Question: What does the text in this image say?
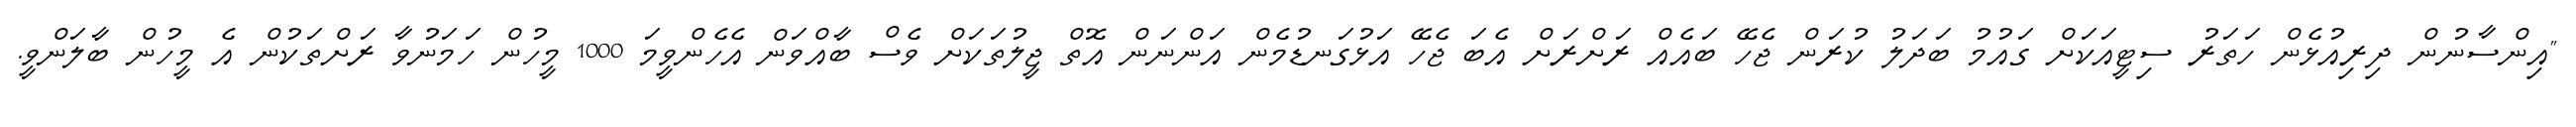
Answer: "އިންސާނުން ދިރިއުޅެން ހަތަރު ސިޓީއަކަށް ގައުމު ބަދަލު ކުރަން ޖެހޭ ބައެއް ރަށްރަށް އެބަ ޖެހޭ އަޅުގަނޑުމެން އަންނަން އޮތް ޖީލުތަކަށް ވެސް ބާއްވަން އެހެންވީމަ 1000 މީހުން ހަމަނުވާ ރަށްތަކުން އެ މީހުން ބާލަންވީ.